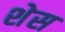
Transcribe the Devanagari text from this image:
शेस